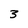
Character: 3